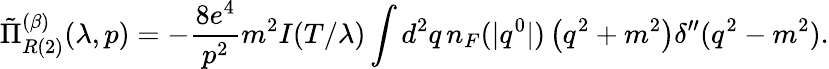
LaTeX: \tilde{\Pi}_{R{(2)}}^{(\beta)}(\lambda,p)=-\frac{8e^{4}}{p^{2}}m^{2}I(T/\lambda)\int d^{2}q\, n_{F}(|q^{0}|)\left(q^{2}+m^{2}\right)\delta^{\prime\prime}(q^{2}-m^{2}).